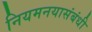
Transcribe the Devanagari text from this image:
नियमनयासंबंधी